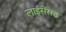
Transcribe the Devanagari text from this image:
लाईसेंसड